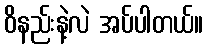
ဝိနည်းနဲ့လဲ အပ်ပါတယ်။